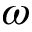
\omega